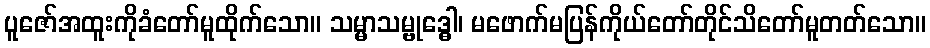
ပူဇော်အထူးကိုခံတော်မူထိုက်သော။ သမ္မာသမ္ဗုဒ္ဓေါ၊ မဖောက်မပြန်ကိုယ်တော်တိုင်သိတော်မူတတ်သော။